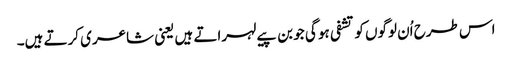
اس طرح اُن لوگوں کو تشفی ہو گی جو بن پیے لہراتے ہیں یعنی شاعری کرتے ہیں۔